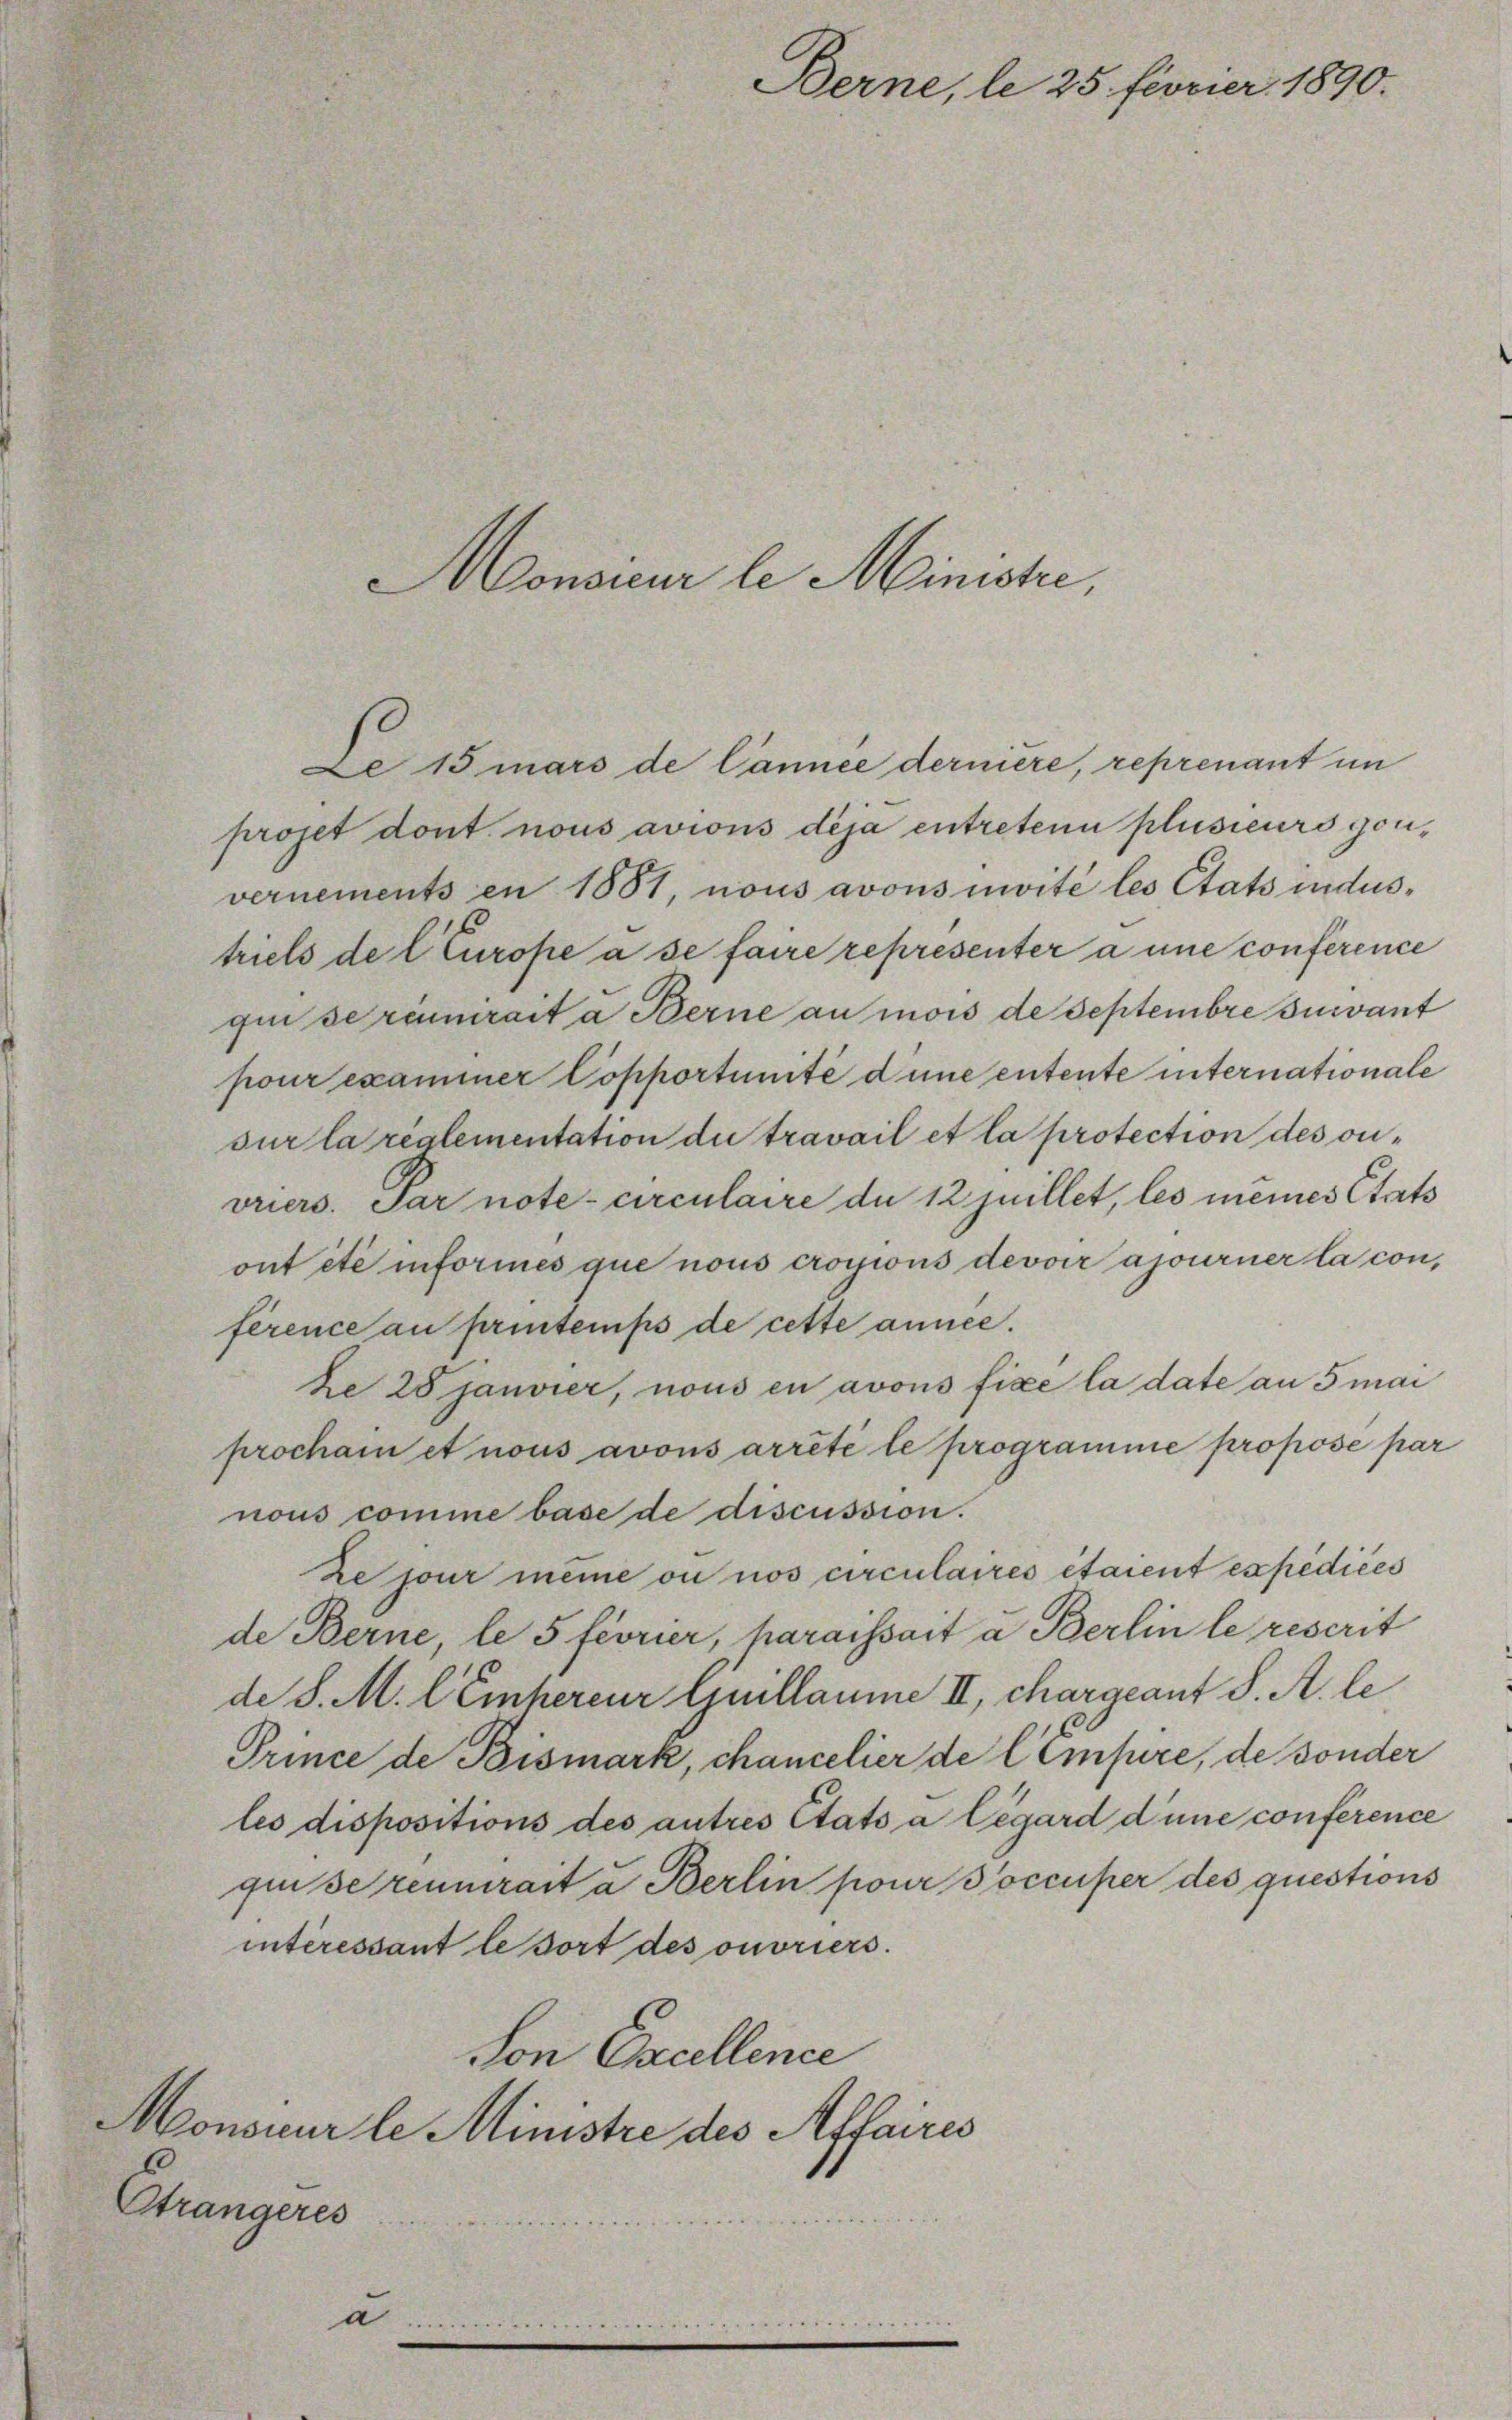
Berne, le 25 Fiorier 1890.

Monsner le Ministe,

projet dont nous avions deja entretenu plusieurs gouvernements en 1881, nous avons invité les Etats industriels de l Europe à se faire représenter à une conférence
qui se réunirait a Berne au mois de Septembre suivant
pour examiner Copportunité d une entente internationale
sur la réglementation du travail et la protection des onvriers. Par note circulaire du 12 juillet, les meines Etats
ont été informes que nous croyions devoir ajourner la conférence au printemps de cette année.
ke 28 Janvier, nous en avous fixe la date an 5 mai
procham et nous avous arrêté le programme proposé par
nous comme base de discussion.
ze jour meine ou nos circulaires étaient expédices
de Berne, le 5 féorier, haraissait a Berlin le rescrit
de S. M. l. Einhereur Guillaume II, chargeant S. A. le
Prince de Bismark, chancelier de l Empire, de sonder
les dispositions des autres Etats a légard dune conférence
qui se reumerart u Berlin pour occuper des questions
interessant le dort des ouvriers.
von Excellence
Monsieur le Ministre des Affaires
Etrangeres
d.

Do 15 mars de Cannée dernière, reprenant im